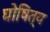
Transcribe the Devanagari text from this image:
घोषित्य